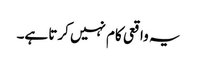
یہ واقعی کام نہیں کرتا ہے۔